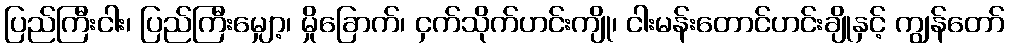
ပြည်ကြီးငါး၊ ပြည်ကြီးမျှော့၊ မှိုခြောက်၊ ငှက်သိုက်ဟင်းကျို၊ ငါးမန်းတောင်ဟင်းချိုနှင့် ကျွန်တော်